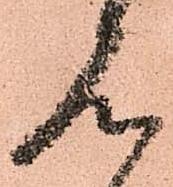
見